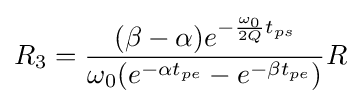
R_{3}={\frac {(\beta -\alpha )e^{-{\frac {\omega _{0}}{2Q}}t_{ps}}}{{\omega _{0}(e^{-\alpha t_{pe}}}-e^{-\beta t_{pe}})}}R